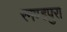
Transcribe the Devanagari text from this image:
रमण्डपुरा